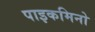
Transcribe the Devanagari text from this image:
पाइकमिनो